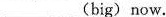
___(big) now.